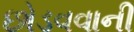
છોડવવાની